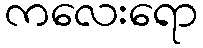
ကလေးရော